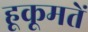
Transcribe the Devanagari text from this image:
हूकूमतें